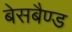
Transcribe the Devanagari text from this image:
बेसबैण्ड